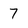
Character: 7